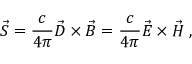
\vec { S } = \frac { c } { 4 \pi } \vec { D } \times \vec { B } = \frac { c } { 4 \pi } \vec { E } \times \vec { H } \; ,